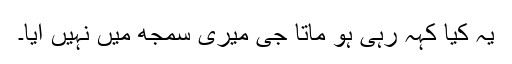
یہ کیا کہہ رہی ہو ماتا جی میری سمجھ میں نہیں آیا۔